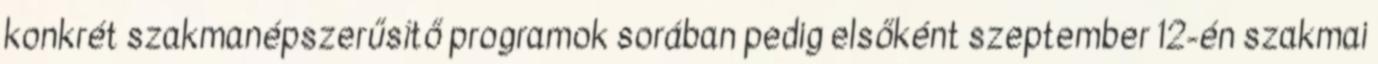
konkrét szakmanépszerűsítő programok sorában pedig elsőként szeptember 12-én szakmai